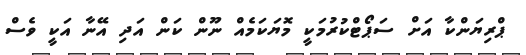
ޕްރިޔަންކާ އަށް ސަޕޯޓްކުރުމަކީ މޮޔަކަމެއް ނޫން ކަން އަދި އޭނާ އަކީ ވެސް